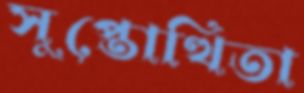
সুপ্তোত্থিতা